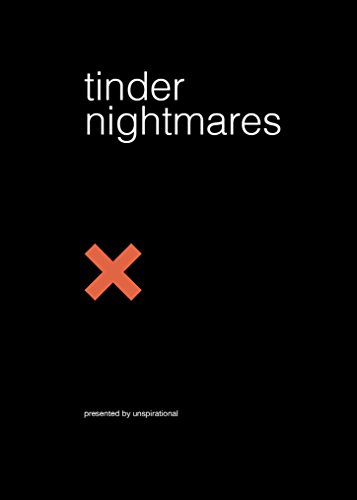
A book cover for Tinder Nightmares; Unspirational; Humor & Entertainment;